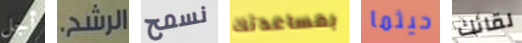
أجل الرشح. نسمح بمساعدتك حيثما لقائك